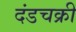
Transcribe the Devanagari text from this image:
दंडचक्री